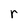
Character: r